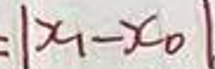
$= | x _ { 1 } - x _ { 0 } |$